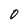
Character: O